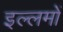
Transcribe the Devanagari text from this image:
इल्लमों